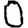
Digit: 0